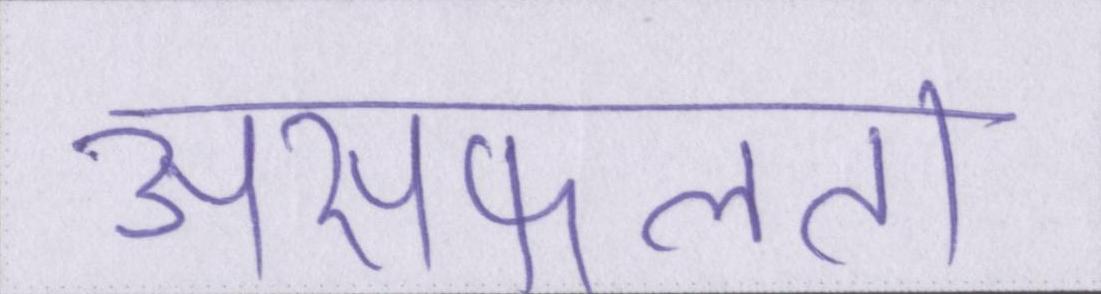
असफलता